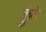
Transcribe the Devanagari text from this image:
कुंवे